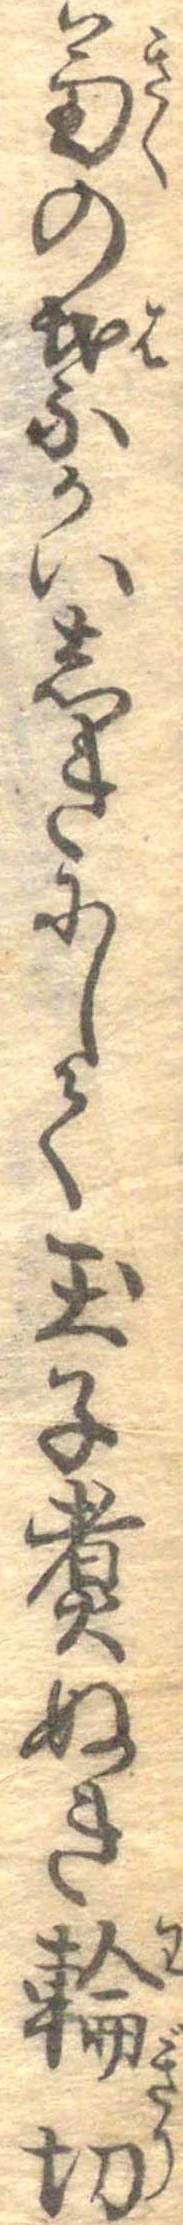
菊の葉かいしきにして玉子煮ぬき輪切